画像に写った文字を読んでください
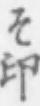
「そ印」と書いてあります